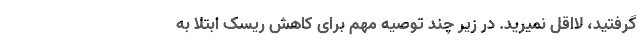
گرفتید، لااقل نمیرید. در زیر چند توصیه مهم برای کاهش ریسک ابتلا به